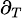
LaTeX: \scriptstyle\partial_{T}